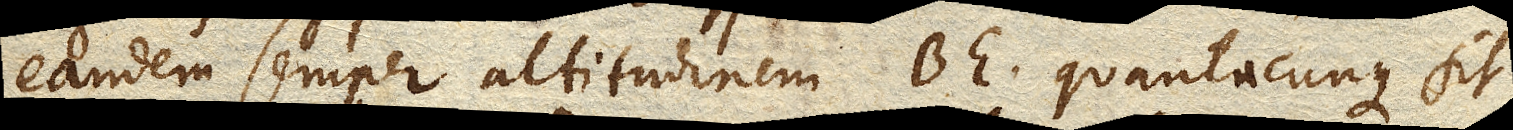
eandem semper altitudinem BE quantacunque sit